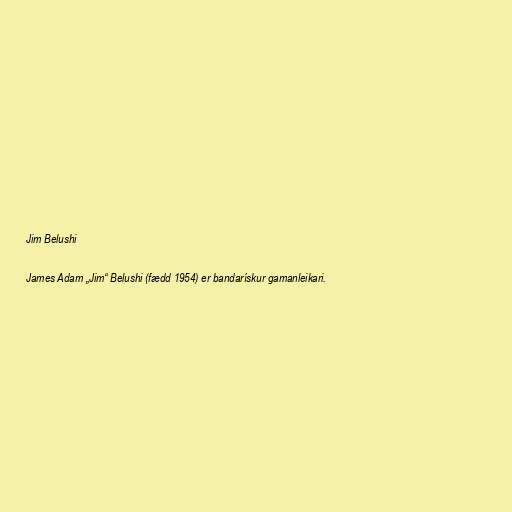
Jim Belushi

James Adam „Jim“ Belushi (fædd 1954) er bandarískur gamanleikari.